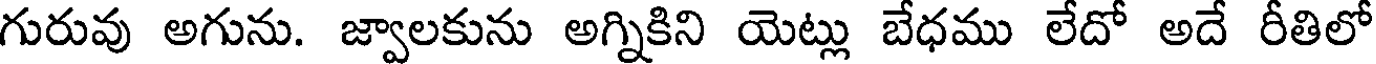
గురువు అగును. జ్వాలకును అగ్నికిని యెట్లు బేధము లేదో అదే రీతిలో